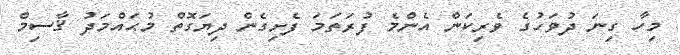
މިހާ ގިނަ ދުވަހުގެ ވެރިކަން އެންމެ ފުރަތަމަ ފެށިގެން ދިޔަގޮތް މުޙައްމަދު ޤާސިމް